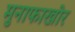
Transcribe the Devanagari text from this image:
मुनाफाखोर